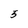
Character: 5